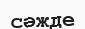
сәжде